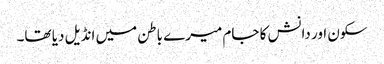
سکون اور دانش کا جام میرے باطن میں انڈیل دیا تھا۔